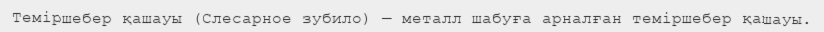
Теміршебер қашауы (Слесарное зубило) — металл шабуға арналған теміршебер қашауы.